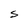
Character: S